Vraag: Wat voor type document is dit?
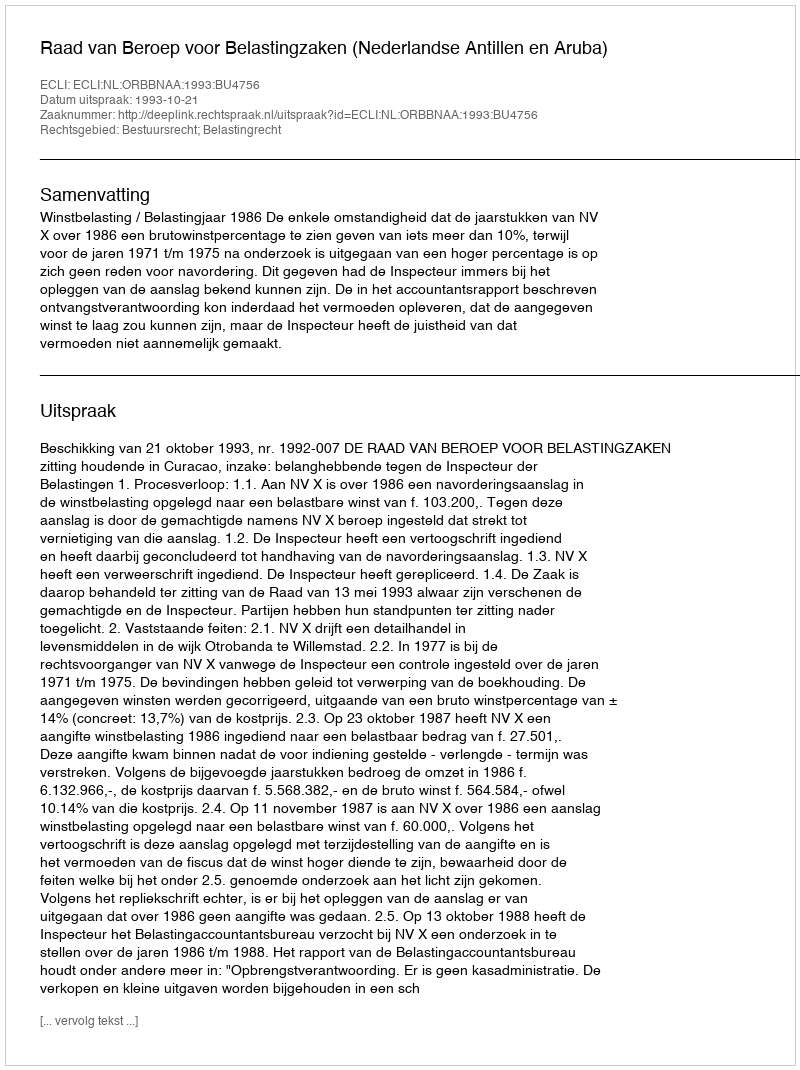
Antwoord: Uitspraak